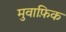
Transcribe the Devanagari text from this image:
मुवाफ़िक